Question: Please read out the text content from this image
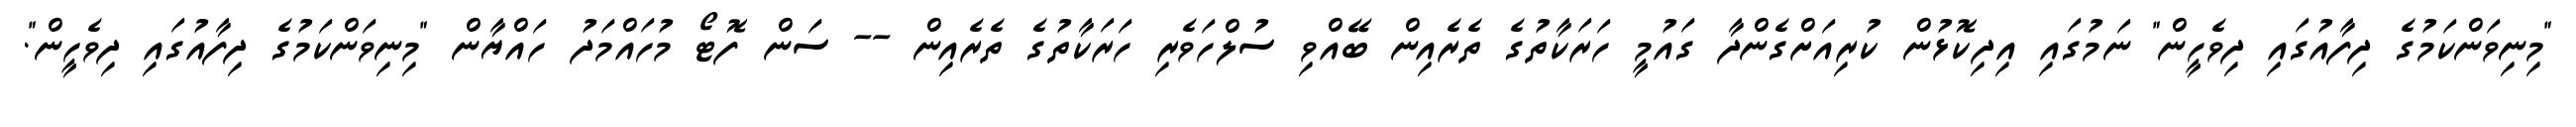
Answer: "މިނިވަންކަމުގެ ދިފާއުގައި ދިވެހީން" ނަމުގައި އިދިކޮޅުން ކުރިއަށްގެންދާ ގައުމީ ހަރަކާތުގެ ތެރެއިން ބޭއްވި ސުލްހަވެރި ހަރަކާތުގެ ތެރެއިން -- ސަން ފޮޓޯ މުހައްމަދު ހައްޔާން "މިނިވަންކަމުގެ ދިފާއުގައި ދިވެހީން".